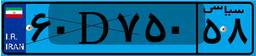
۲۴D۸۹۹۰۱